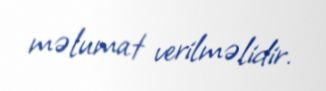
məlumat verilməlidir.